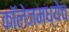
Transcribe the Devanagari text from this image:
कॉलेजमध्येच